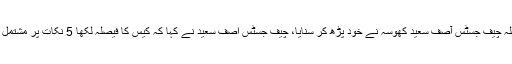
فیصلہ چیف جسٹس آصف سعید کھوسہ نے خود پڑھ کر سنایا، چیف جسٹس آصف سعید نے کہا کہ کیس کا فیصلہ لکھا 5 نکات پر مشتمل ہے۔